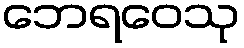
ဘေရဝေသု